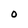
Character: O